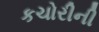
કચોરીની